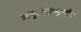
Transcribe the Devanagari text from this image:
मनुजेन्द्रसूनोः।